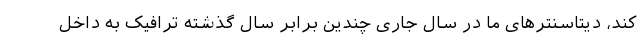
کند، دیتاسنترهای ما در سال جاری چندین برابر سال گذشته ترافیک به داخل